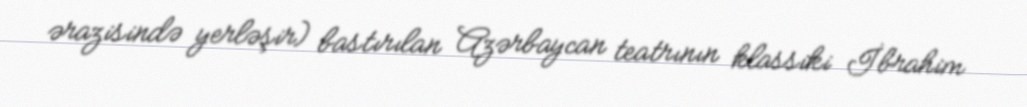
ərazisində yerləşir) bastırılan Azərbaycan teatrının klassiki İbrahim